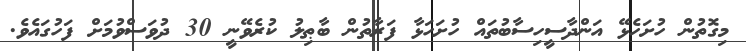
މިގޮތުން ހުށަހެޅޭ އަންދާސީހިސާބުތައް ހުށަހަޅާ ފަރާތުން ބާޠިލު ކުރެވޭނީ 30 ދުވަސްވުމަށް ފަހުގައެވެ.